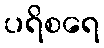
ပရိစရေ